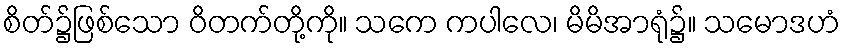
စိတ်၌ဖြစ်သော ဝိတက်တို့ကို။ သကေ ကပါလေ၊ မိမိအာရုံ၌။ သမောဒဟံ